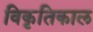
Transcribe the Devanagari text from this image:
विकृतिकाल